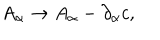
A _ { \alpha } \rightarrow A _ { \alpha } - \partial _ { \alpha } c ,